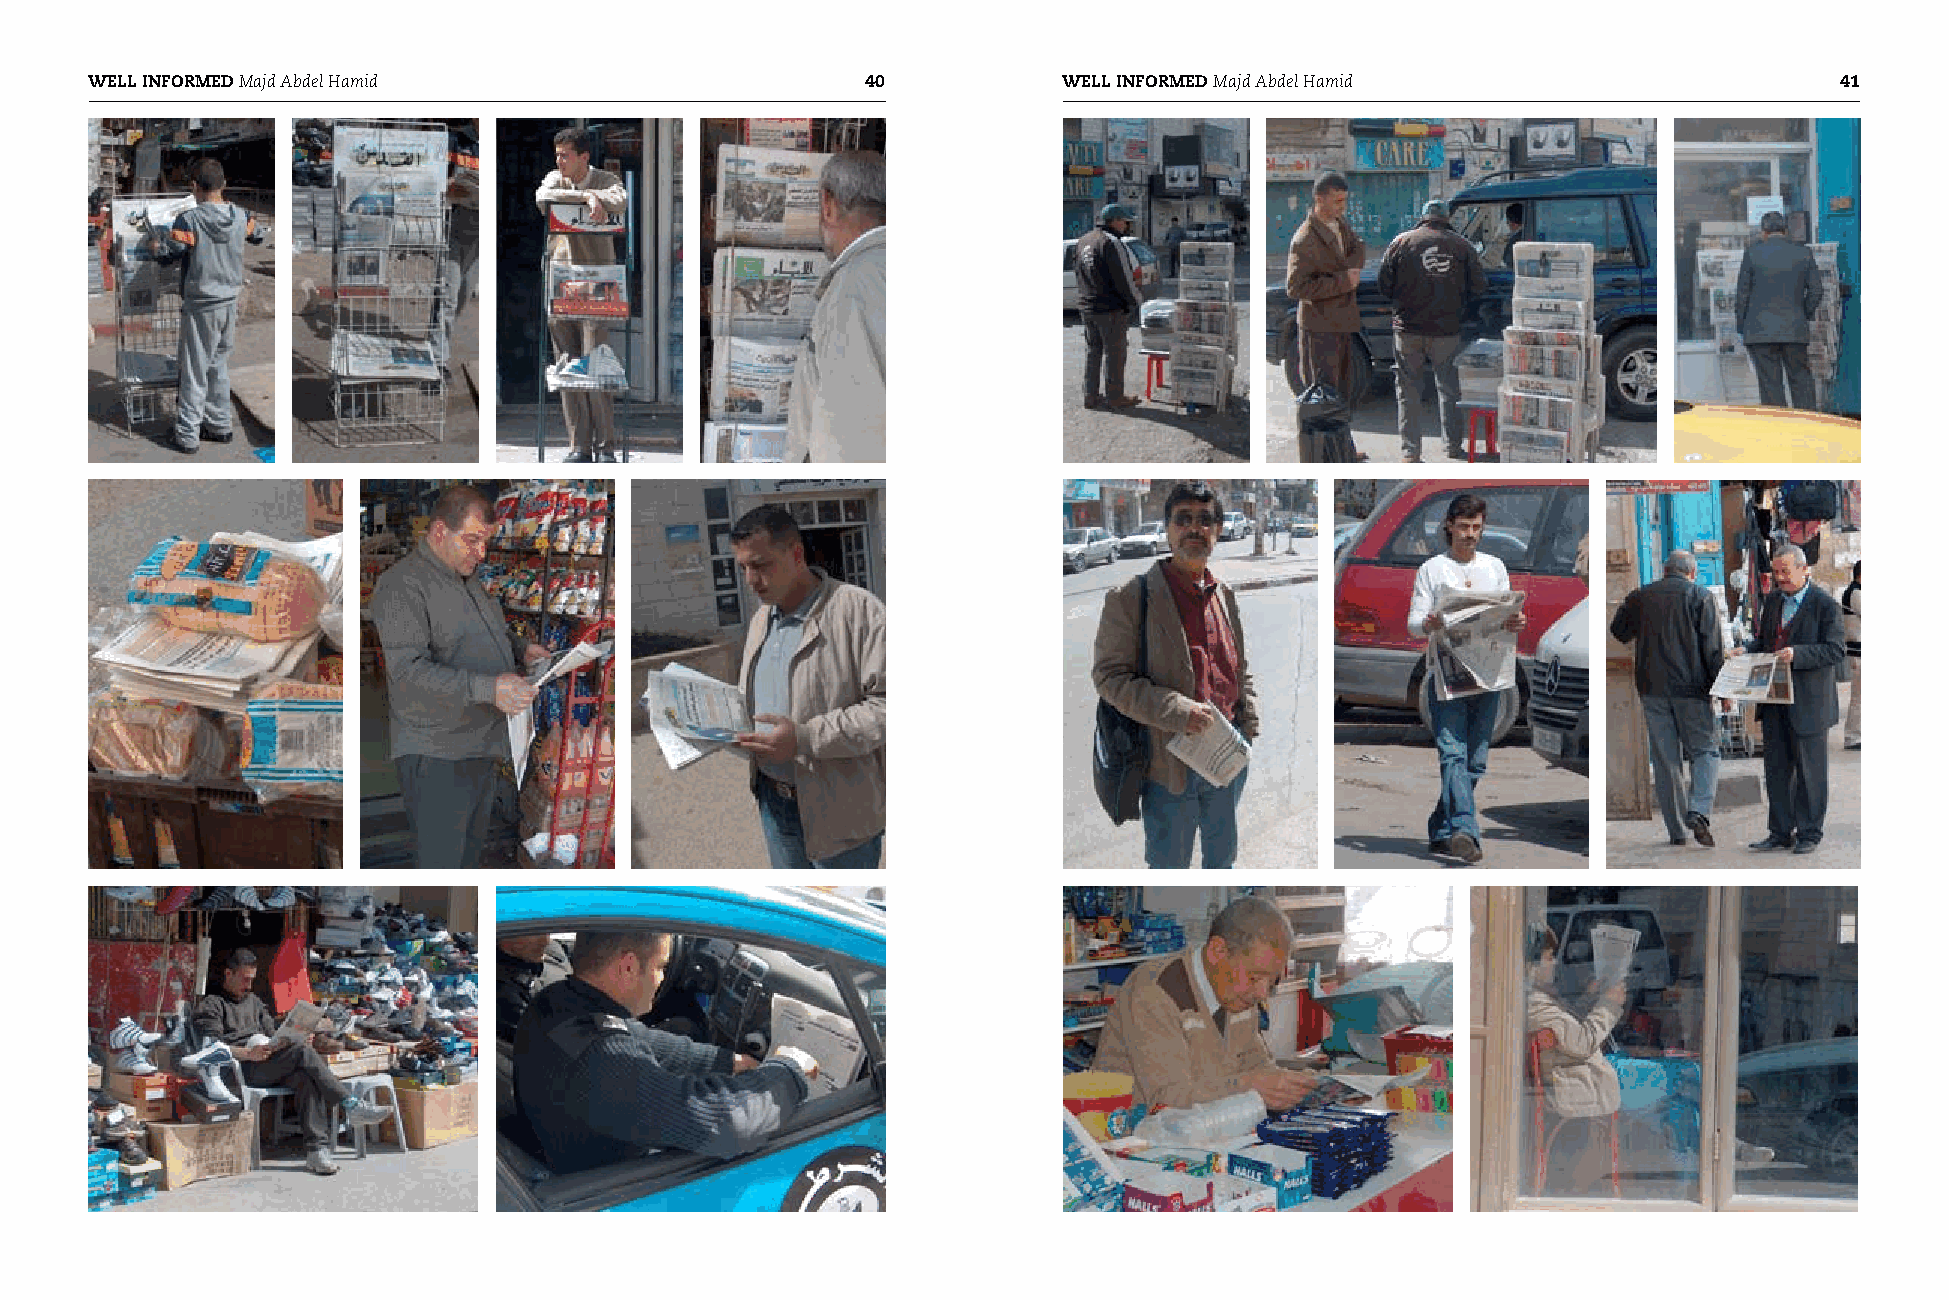
WELL INFORMED Majd Abdel Hamid                     0           WELL INFORMED Majd Abdel Hamid                      1